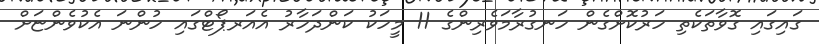
ގައިގައި ގޮވާތަކެތި ހަރުކޮށްގެން ހަނގުރާމަވެރިންގެ 11 މީހަކު ކަންދަހާރު އެއަރޕޯޓްގައި ހުންނަ އެކުވެންޏަށް